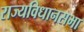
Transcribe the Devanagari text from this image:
राज्यविधानसभा